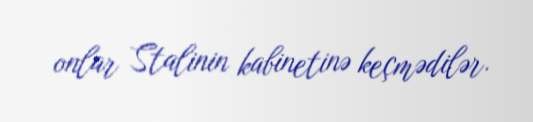
onlar Stalinin kabinetinə keçmədilər.